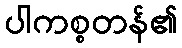
ပါကစ္စတန်၏